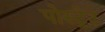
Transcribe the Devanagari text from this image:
पोस्ट्रेट